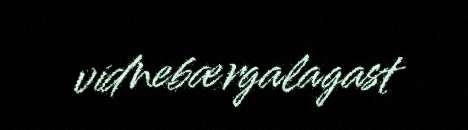
vidnebærgalagast